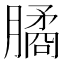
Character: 𦠈